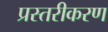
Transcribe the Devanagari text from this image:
प्रस्तरीकरण